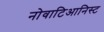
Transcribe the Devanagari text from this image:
नोवाटिआनिस्ट